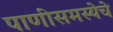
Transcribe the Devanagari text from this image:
पाणीसमस्येचे